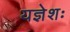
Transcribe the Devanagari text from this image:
यज्ञेशः